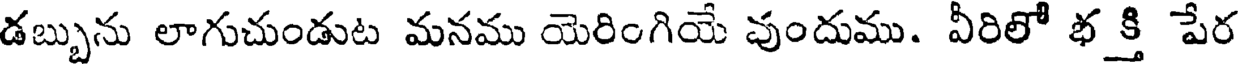
డబ్బును లాగుచుండుట మనము యెరింగియే వుందుము. వీరిలో భ క్తి పేర